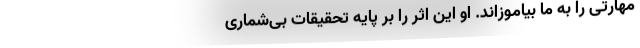
مهارتی را به ما بیاموزاند. او این اثر را بر پایه تحقیقات بی‌شماری